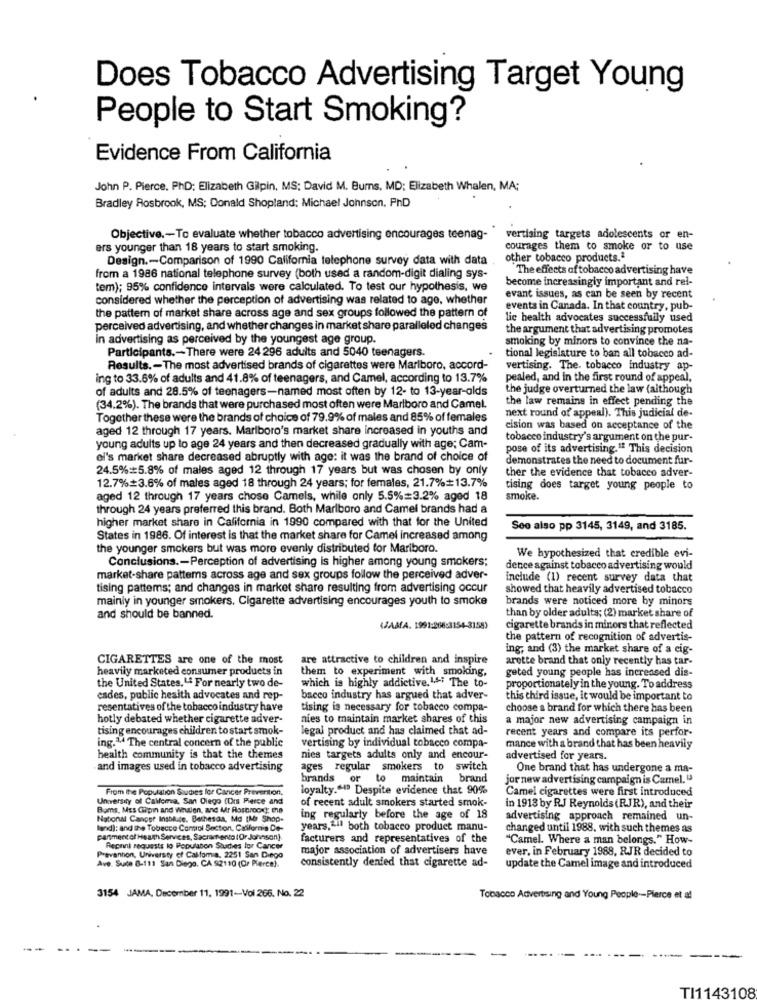
Does Tobacco Advertising Target Young
People to Start Smoking?
Evidence From California
John P. Pierce. PhD: Elizabeth Gilpin, MS: David M. Bums, MD: Elizabeth Whalen, MA;
Bradley Rosbrook, MS: Donald Shopland: Michael Johnson. PhD
Objective .- To evaluate whether tobacco advertising encourages teenag-
vertising targets adolescents or en-
ers younger than 18 years to start smoking.
courages them to smoke or to use
Design .- Comparison of 1990 California telephone survey data with data
other tobacco products.ª
The effects of tobacco advertising have
from a 1986 national telephone survey (both used a random-digit dialing sys-
become increasingly important and rel-
tem); 95% confidence intervals were calculated. To test our hypothesis, we
considered whether the perception of advertising was related to age, whether
evant issues, as can be seen by recent
the pattern of market share across age and sex groups followed the pattern of
events in Canada. In that country, pub-
lic health advocates successfully used
perceived advertising, and whether changes in market share paralleled changes
the argument that advertising promotes
in advertising as perceived by the youngest age group.
smoking by minors to convince the na-
Participants .- There were 24 296 adults and 5040 teenagers.
tional legislature to ban all tobacco ad-
Results .- The most advertised brands of cigarettes were Marlboro, accord-
vertising. The. tobacco Industry ap-
ing to 33.6% of adults and 41.8% of teenagers, and Camel, according to 13.7%
pealed, and in the first round of appeal,
of adults and 28.5% of teenagers-named most often by 12- to 13-year-olds
the judge overturned the law (although
the law remains in effect pending the
(34.2%). The brands that were purchased most often were Marlboro and Camel.
Together these were the brands of choice of 79.9% of males and 85% of females
next round of appeal). This judicial de-
aged 12 through 17 years. Marlboro's market share increased in youths and
cision was based on acceptance of the
tobacco industry's argument on the pur-
young adults up to age 24 years and then decreased gradually with age; Cam-
pose of its advertising." This decision
ol's market share decreased abruptly with age: it was the brand of choice of
demonstrates the need to document fur-
24.5%=5.8% of males aged 12 through 17 years but was chosen by only
ther the evidence that tobacco adver-
12.7%+3.6% of males aged 18 through 24 years; for females, 21.7%=13.7%
tising does target young people to
aged 12 through 17 years chose Camels, while only 5.5%=3.2% aged 18
smoke.
through 24 years preferred this brand. Both Marlboro and Camel brands had a
higher market share in California in 1990 compared with that for the United
See also pp 3145, 3149, and 3185.
States in 1986. Of interest is that the market share for Camel increased among
the younger smokers but was more evenly distributed for Marlboro.
Conclusions .- Perception of advertising is higher among young smokers;
We hypothesized that credible evi-
dence against tobacco advertising would
market-share pattems across age and sex groups follow the perceived adver-
include (1) recent survey data that
tising patterns; and changes in market share resulting from advertising occur
showed that heavily advertised tobacco
mainly in younger smokers. Cigarette advertising encourages youth to smoke
brands were noticed more by minors
than by older adults; (2) market share of
and should be banned.
(JAMA. 1991:266:3154-31589
cigarette brands in minors that reflected
the pattern of recognition of advertis-
ing, and (3) the market share of a cig-
CIGARETTES are one of the most
are attractive to children and inspire
arette brand that only recently has tar-
heavily marketed consumer products in
them to experiment with smoking,
geted young people has increased dis-
which is highly addictive. 14; The to-
the United States, " For nearly two de-
proportionately in the young. To address
cades, public health advocates and rep-
bacco industry has argued that adver-
this third issue, it would be important to
resentatives of the tobacco industry have
tising is necessary for tobacco compa-
choose a brand for which there has been
hotly debated whether cigarette adver-
nies to maintain market shares of this
a major new advertising campaign in
tising encourages children to start smok-
legal product and has claimed that ad-
recent years and compare its perfor-
ing." The central concern of the public
vertising by individual tobacco compa-
mance with a brand that has been heavily
health community is that the themes
nies targets adults only and encour-
advertised for years.
and images used in tobacco advertising
ages regular smokers to switch
One brand that has undergone a ma-
brands o
to maintain brand
jor new advertising campaign is Carnel. "
From the Population Southes for Cancer Prevention.
loyalty."" Despite evidence that 90%
Camel cigarettes were first introduced
University of Callema, San Diego (Drs Pierce and
of recent adult smokers started smok-
Bams. Mss Gilpin and Whalen, and Mr Rastroost; e19
in 1913 by RJ Reynolds (RJR), and their
National Cancer Insblice. Bethesda, Md [Mbr Shop-
ing regularly before the age of 18
advertising approach remained un-
land): and the Tobacco Control Section, California De-
years,"il both tobacco product manu-
changed until 1988. with such themes as
partmentof Health Services, Sacramento (Dr Johnsson].
facturers and representatives of the
"Camel. Where a man belongs." How-
Repel requests lo Population Shaches lor Cancer
major association of advertisers have
ever, in February 1988, RJR decided to
Prevention, University of Califomia, 2251 San Diego
consistently denied that cigarette ad-
Ave. Sute 8-111 San Diego, CA 92110 (Cr Pierce).
update the Camel image and introduced
3154 JAMA, December 11, 1991-Vol 266. No. 22
Tobacco Advertising and Young People -- Pierce et al
TI1143108